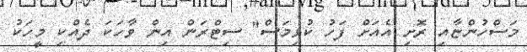
މަސްހުންޏާއި ރޮށި އެއަށް ފަހު ކުޅިމަސް" ސިޓްރަން އިން ވާހަކަ ދެއްކި މީހަކު